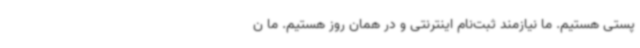
پستی هستیم. ما نیازمند ثبت‌نام اینترنتی و در همان روز هستیم. ما ن